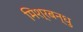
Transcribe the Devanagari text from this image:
मिश्रबन्धु